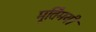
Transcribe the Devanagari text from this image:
मूर्तिमयी